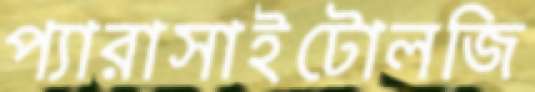
প্যারাসাইটোলজি